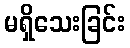
မရှိသေးခြင်း